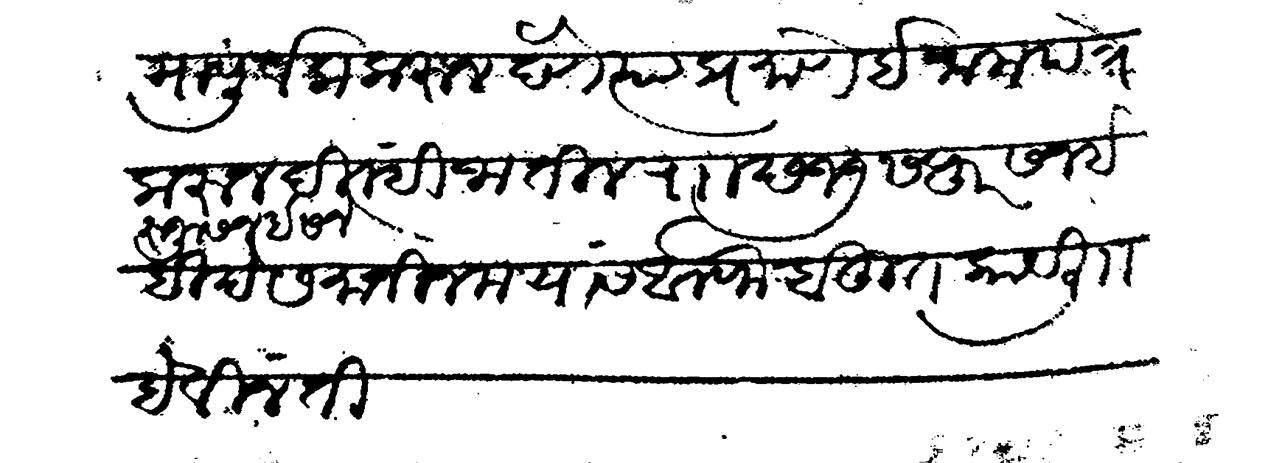
Transliteration (Devanagari): मा पूर्वक करुन देणे त्या प्रमाणे इनाम पत्रे करुन दिल्ही जातील र छ १७ सफर सन इ रुजू सन इसने हिदे समानीन मया व अलफ बहुत काय लि हे विनंती